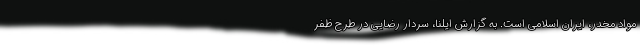
مواد مخدر، ایران اسلامی است. به گزارش ایلنا، سردار رضایی در طرح ظفر